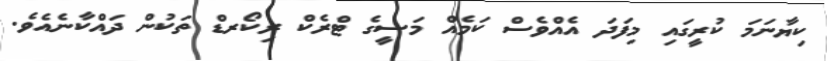
ކިޔާނަމަ ކުރީގައި މިފަދަ އެއްވެސް ކަމެއް މަސީގެ ޓްރެކް ރިކޯރޑް ތަކުން ދައްކާނެެއެވެ.